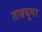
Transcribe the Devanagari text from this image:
ताम्रघूमर